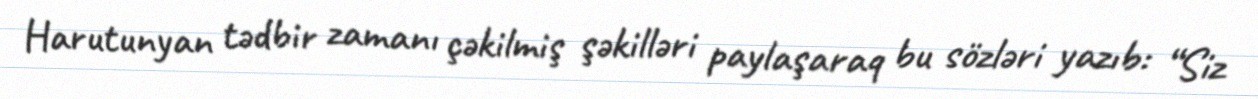
Harutunyan tədbir zamanı çəkilmiş şəkilləri paylaşaraq bu sözləri yazıb: “Siz